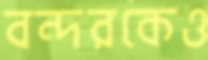
বন্দরকেও